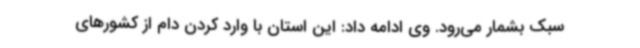
سبک بشمار می‌رود. وی ادامه داد: این استان با وارد کردن دام از کشورهای